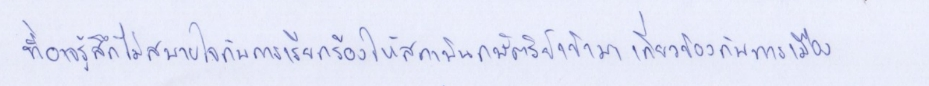
ที่อาจรู้สึกไม่สบายใจกับการเรียกร้องให้สถาบันกษัตริย์เข้ามาเกี่ยวข้องกับการเมือง